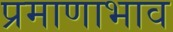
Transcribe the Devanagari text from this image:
प्रमाणाभाव